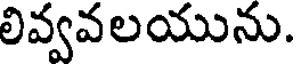
లివ్వవలయును.